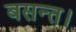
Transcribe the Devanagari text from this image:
बसन्त।